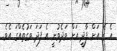
އެ ގެ އަށް ފާދީ އަށް ވަދެވުނީ އެ ފަދަ ވަގުތެއްގަ އެވެ.